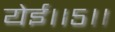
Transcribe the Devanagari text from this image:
येई।।५।।